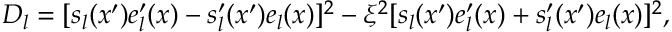
D _ { l } = [ s _ { l } ( x ^ { \prime } ) e _ { l } ^ { \prime } ( x ) - s _ { l } ^ { \prime } ( x ^ { \prime } ) e _ { l } ( x ) ] ^ { 2 } - \xi ^ { 2 } [ s _ { l } ( x ^ { \prime } ) e _ { l } ^ { \prime } ( x ) + s _ { l } ^ { \prime } ( x ^ { \prime } ) e _ { l } ( x ) ] ^ { 2 } ,